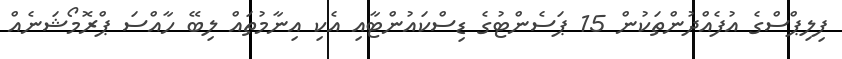
ފިލިޕްސްގެ އުފެއްދުންތަކުން 15 ޕަސެންޓުގެ ޑިސްކައުންޓާއި އެކި އިނާމުތައް ލިބޭ ހާއްސަ ޕްރޮމޯޝަނެއް